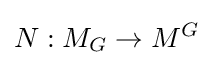
N:M_{G}\to M^{G}